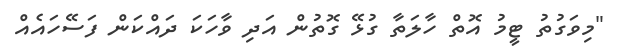
"މިވަގުތު ޓީމު އޮތް ހާލަތާ ގުޅޭ ގޮތުން އަދި ވާހަކަ ދައްކަން ފަސޭހައެއް